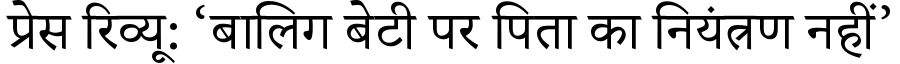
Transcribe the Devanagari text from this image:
प्रेस रिव्यू: ‘बालिग बेटी पर पिता का नियंत्रण नहीं’